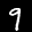
Label: 9